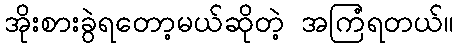
အိုးစားခွဲရတော့မယ်ဆိုတဲ့ အကြံရတယ်။